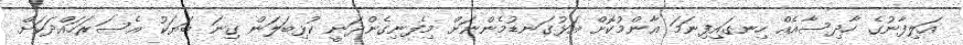
އަލިފާނުގެ ހާދިސާއެއް ހިނގައިފިނަމަ އާންމުކޮށް އަޅުގަނޑުމެންނަށް މިފެނިގެންދަނީ ކުޅިބަލަން ގިނަ ބަޔަކު އެސަރަހައްދަކަށް